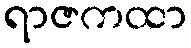
ရာဇကထာ